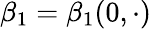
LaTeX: \beta_{1}=\beta_{1}(0,\cdot)